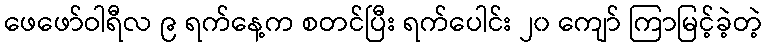
ဖေဖော်ဝါရီလ ၉ ရက်နေ့က စတင်ပြီး ရက်ပေါင်း ၂၀ ကျော် ကြာမြင့်ခဲ့တဲ့